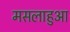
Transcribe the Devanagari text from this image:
मसलाहुआ